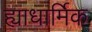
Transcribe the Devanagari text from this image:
ह्याधार्मिक